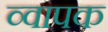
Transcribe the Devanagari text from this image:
व्वापक